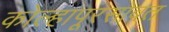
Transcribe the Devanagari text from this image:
कोल्हापूरसोबत